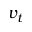
v _ { t }